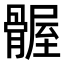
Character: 𫘴